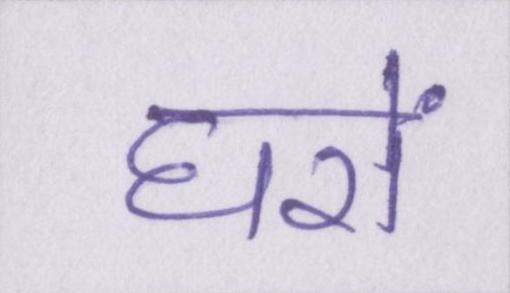
घरों